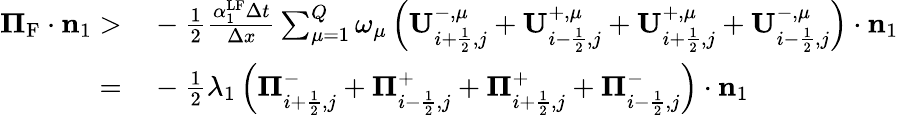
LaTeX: \begin{array}{rl}{{\mathbf\Pi}_{\mathrm{{{F}}}}\cdot\mathbf{n}_{1}>}&{{}-\frac{1}{2}\frac{\alpha_{1}^{\mathrm{{LF}}}\Delta t}{\Delta x}\sum_{\mu=1}^{Q}\omega_{\mu}\left(\mathbf{U}_{i+\frac{1}{2},j}^{-,\mu}+\mathbf{U}_{i-\frac{1}{2},j}^{+,\mu}+\mathbf{U}_{i+\frac{1}{2},j}^{+,\mu}+\mathbf{U}_{i-\frac{1}{2},j}^{-,\mu}\right)\cdot\mathbf{n}_{1}}\\ {=}&{{}-\frac{1}{2}\lambda_{1}\left({\mathbf\Pi}_{i+\frac{1}{2},j}^{-}+{\mathbf\Pi}_{i-\frac{1}{2},j}^{+}+{\mathbf\Pi}_{i+\frac{1}{2},j}^{+}+{\mathbf\Pi}_{i-\frac{1}{2},j}^{-}\right)\cdot\mathbf{n}_{1}}\end{array}